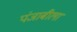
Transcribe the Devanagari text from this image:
पंजाबीला